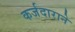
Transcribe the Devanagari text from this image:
कर्जदाराने